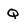
Character: Q